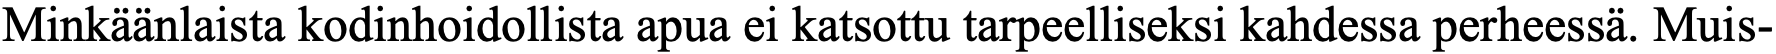
Minkäänlaista kodinhoidollista apua ei katsottu tarpeelliseksi kahdessa perheessä. Muis-